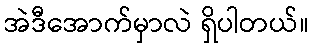
အဲဒီအောက်မှာလဲ ရှိပါတယ်။